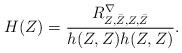
LaTeX: \begin{align*}H(Z) = \frac{R^\nabla_{Z,\bar{Z},Z,\bar{Z}}}{h(Z,Z)h(Z,Z)}.\end{align*}